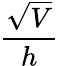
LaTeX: \frac{\sqrt{V}}{h}